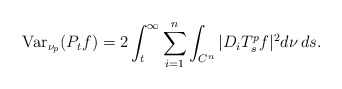
\begin{align*} \mathrm{Var}_{\nu_p}(P_t f) = 2 \int_t^{\infty} \sum_{i=1}^n \int_{C^n} |D_i T_s^p f|^2 d\nu \, ds. \end{align*}